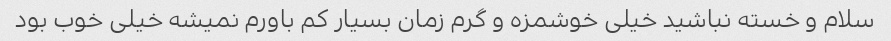
سلام و خسته نباشید خیلی خوشمزه و گرم زمان بسیار کم باورم نمیشه خیلی خوب بود